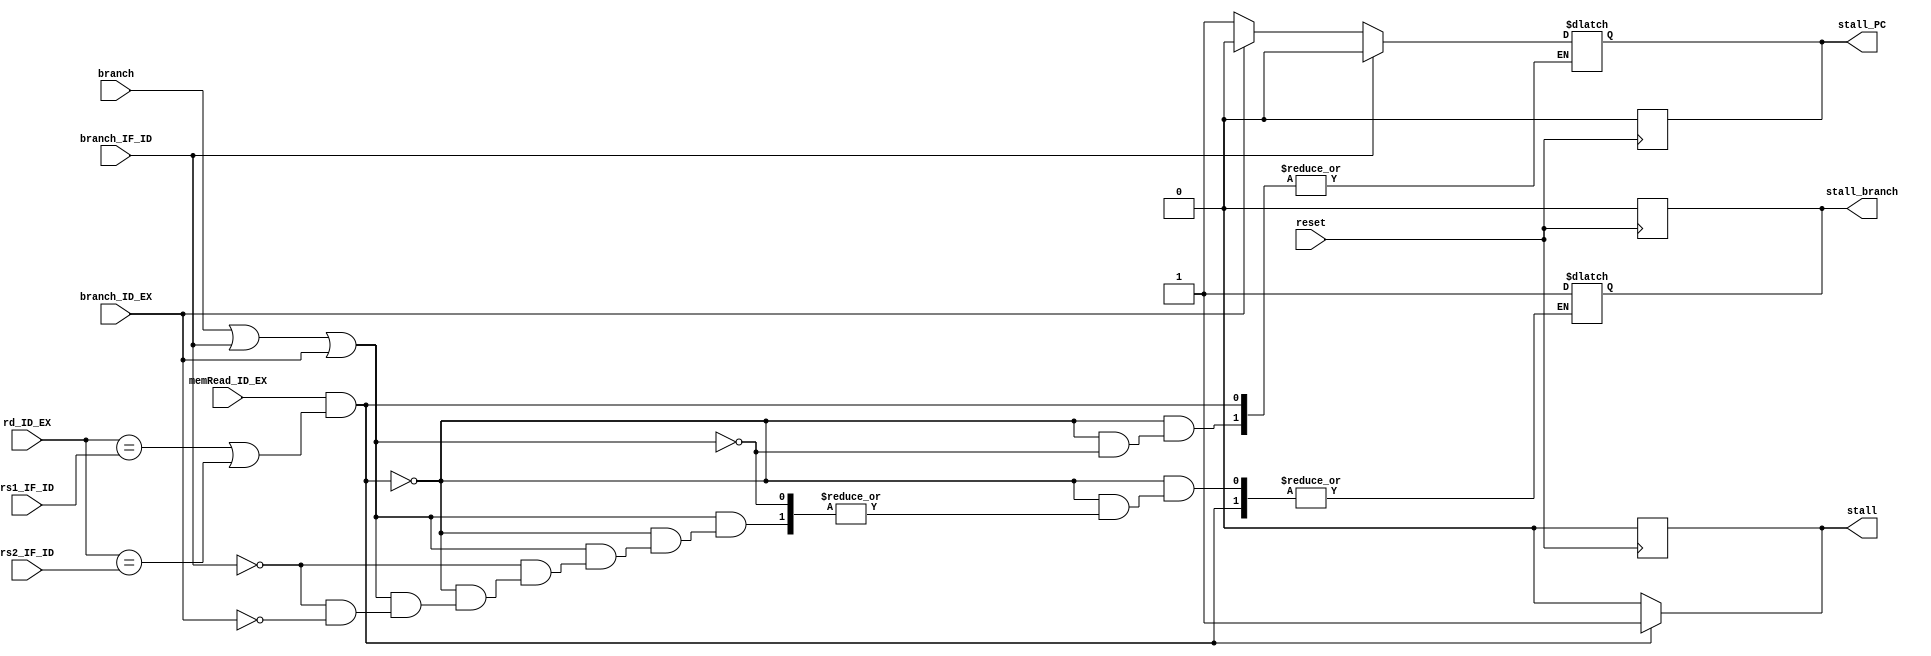
`timescale 1ns / 1ps
//////////////////////////////////////////////////////////////////////////////////
// Company: 
// Engineer: 
// 
// Design Name: 
// Module Name: Stalling_unit
// Project Name: 
// Target Devices: 
// Tool Versions: 
// Description: 
// 
// Dependencies: 
// 
// Revision:
// Revision 0.01 - File Created
// Additional Comments:
// 
//////////////////////////////////////////////////////////////////////////////////

module Hazard_detection(stall,stall_branch,stall_PC,memRead_ID_EX,rd_ID_EX,rs1_IF_ID,rs2_IF_ID,branch_IF_ID,branch_ID_EX,branch,reset);
output reg stall,stall_branch,stall_PC;
input [4:0]rd_ID_EX,rs1_IF_ID,rs2_IF_ID;
input memRead_ID_EX,reset,branch_IF_ID,branch_ID_EX,branch;

always@(negedge reset)
begin
if(reset==0) 
begin
stall_branch=0;
stall=0;
stall_PC=0;
end
end

always@(*)
begin
if(memRead_ID_EX==1 && ((rd_ID_EX==rs1_IF_ID)||(rd_ID_EX==rs2_IF_ID))) stall = 1;
else if(branch==1 || branch_IF_ID==1 || branch_ID_EX==1) 
	begin
		if(branch_IF_ID==1)
		begin
		stall=0;
		stall_PC=0;
		stall_branch=1;
		end
		else if(branch_ID_EX==1)
		begin
		stall_PC=0;
		stall_branch=1;
		stall=0;
		end
		else 
		begin
		stall_PC=1;
		stall=0;
		end
	end
else stall = 0;
end

endmodule